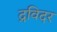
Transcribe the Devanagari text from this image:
द्रविदर